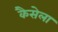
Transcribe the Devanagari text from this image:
कैसेला